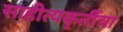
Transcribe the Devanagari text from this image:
साहीत्यकृतींचा